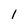
Character: 1